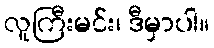
လူကြီးမင်း၊ ဒီမှာပါ။